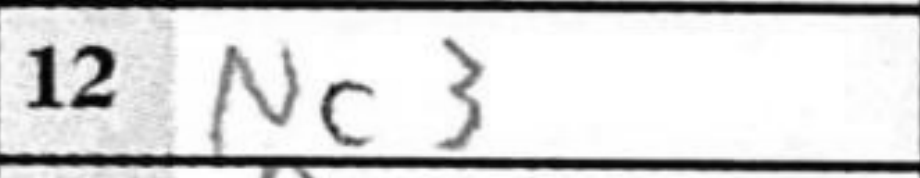
Transcription: Nc3